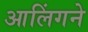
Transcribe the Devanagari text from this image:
आलिंगने